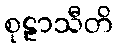
စုဠာသီတိ